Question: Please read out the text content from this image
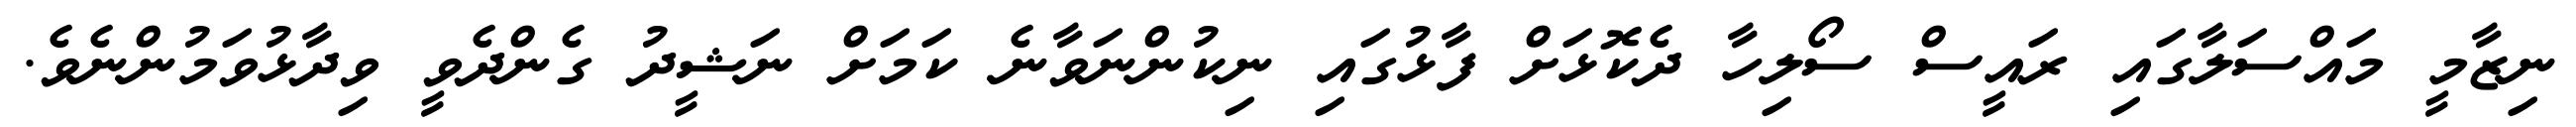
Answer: ނިޒާމީ މައްސަލާގައި ރައީސް ސޯލިހާ ދެކޮޅަށް ފާޅުގައި ނިކުންނަވާނެ ކަމަށް ނަޝީދު ގެންދެވީ ވިދާޅުވަމުންނެވެ.